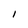
Character: l